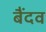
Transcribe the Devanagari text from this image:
बैंदव